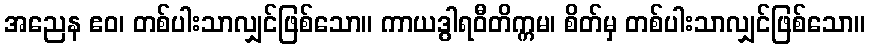
အညေန ဧဝ၊ တစ်ပါးသာလျှင်ဖြစ်သော။ ကာယဒွါရဝီတိက္ကမ၊ စိတ်မှ တစ်ပါးသာလျှင်ဖြစ်သော။